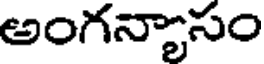
అంగన్యాసం